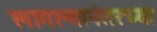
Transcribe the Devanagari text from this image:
लागल्यानंतरच्या